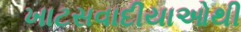
ખાટસવાદીયાઓથી